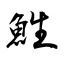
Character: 鮏